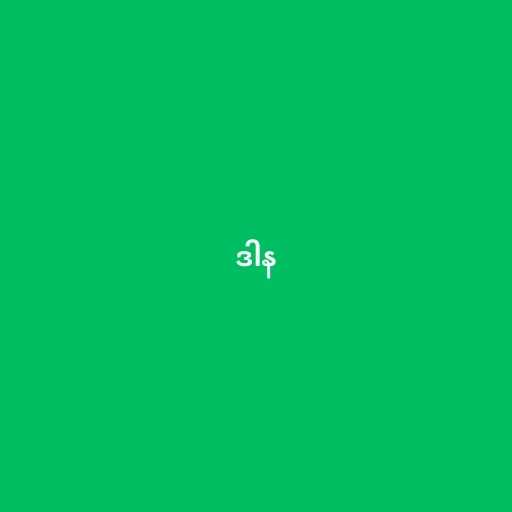
ဒါန